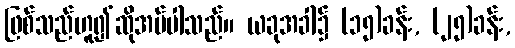
ဖြစ်သည်ဟူ၍ဆိုအပ်ပါသည်။ ယခုအခါ၌ (၁၅)ခန်း, (၂၅)ခန်း,